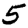
Digit: 5